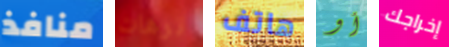
منافذ ترهات هاتف أو إخراجك